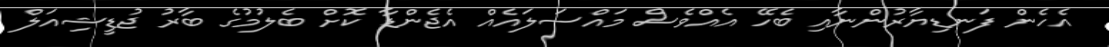
އެހެން ފަނޑިޔާރުންނާއި ބެހޭ އެއްވެސް މައްސަލައެއް އެޖެންޑާ ކޮށް ބެލުމުގެ ބާރު ޖުޑީޝިއަލް